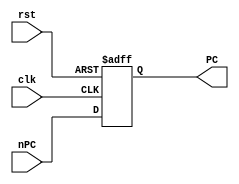
module PC (rst,clk,nPC,PC);//(rst,clk,PCWrite,nPC,PC);
    
    input         rst;
    input         clk;
    //input         PCWrite;
    input [31:0]  nPC;
    output [31:0] PC;
    
    reg [31:0]    PC;
    
    always@(posedge clk or posedge rst )
       if(rst)
          PC <= 'h00003000;
       else 
          PC <= nPC;
        
endmodule